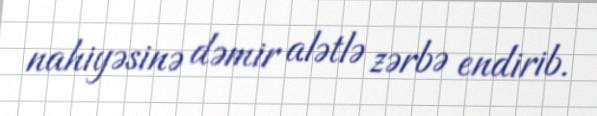
nahiyəsinə dəmir alətlə zərbə endirib.